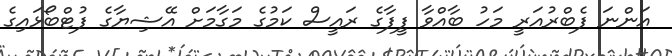
އަންނަ ފެބްރުއަރީ މަހު ބާއްވާ ފީފާގެ ރައީސް ކަމުގެ މަގާމަށް އޭޝިޔާގެ ފުޓްބޯޅައިގެ